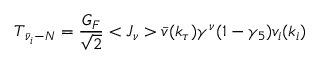
T _ { \bar { \nu } _ { i } - N } = \frac { G _ { F } } { \sqrt { 2 } } < J _ { \nu } > \bar { v } ( k _ { \tau } ) \gamma ^ { \nu } ( 1 - \gamma _ { 5 } ) v _ { i } ( k _ { i } )